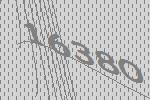
16380